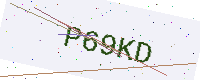
Text: P69KD